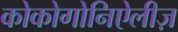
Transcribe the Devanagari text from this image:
कोकोगोनिऐलीज़